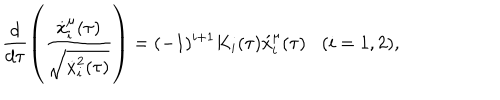
LaTeX: \frac { d } { d \tau } \left( \frac { \dot { x } _ { i } ^ { \mu } ( \tau ) } { \sqrt { \dot { x } _ { i } ^ { 2 } ( \tau ) } } \right) = ( - 1 ) ^ { i + 1 } K _ { i } ( \tau ) \acute { x } _ { i } ^ { \mu } ( \tau ) \, \, \, \, \, ( i = 1 , 2 ) ,